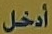
أدخل